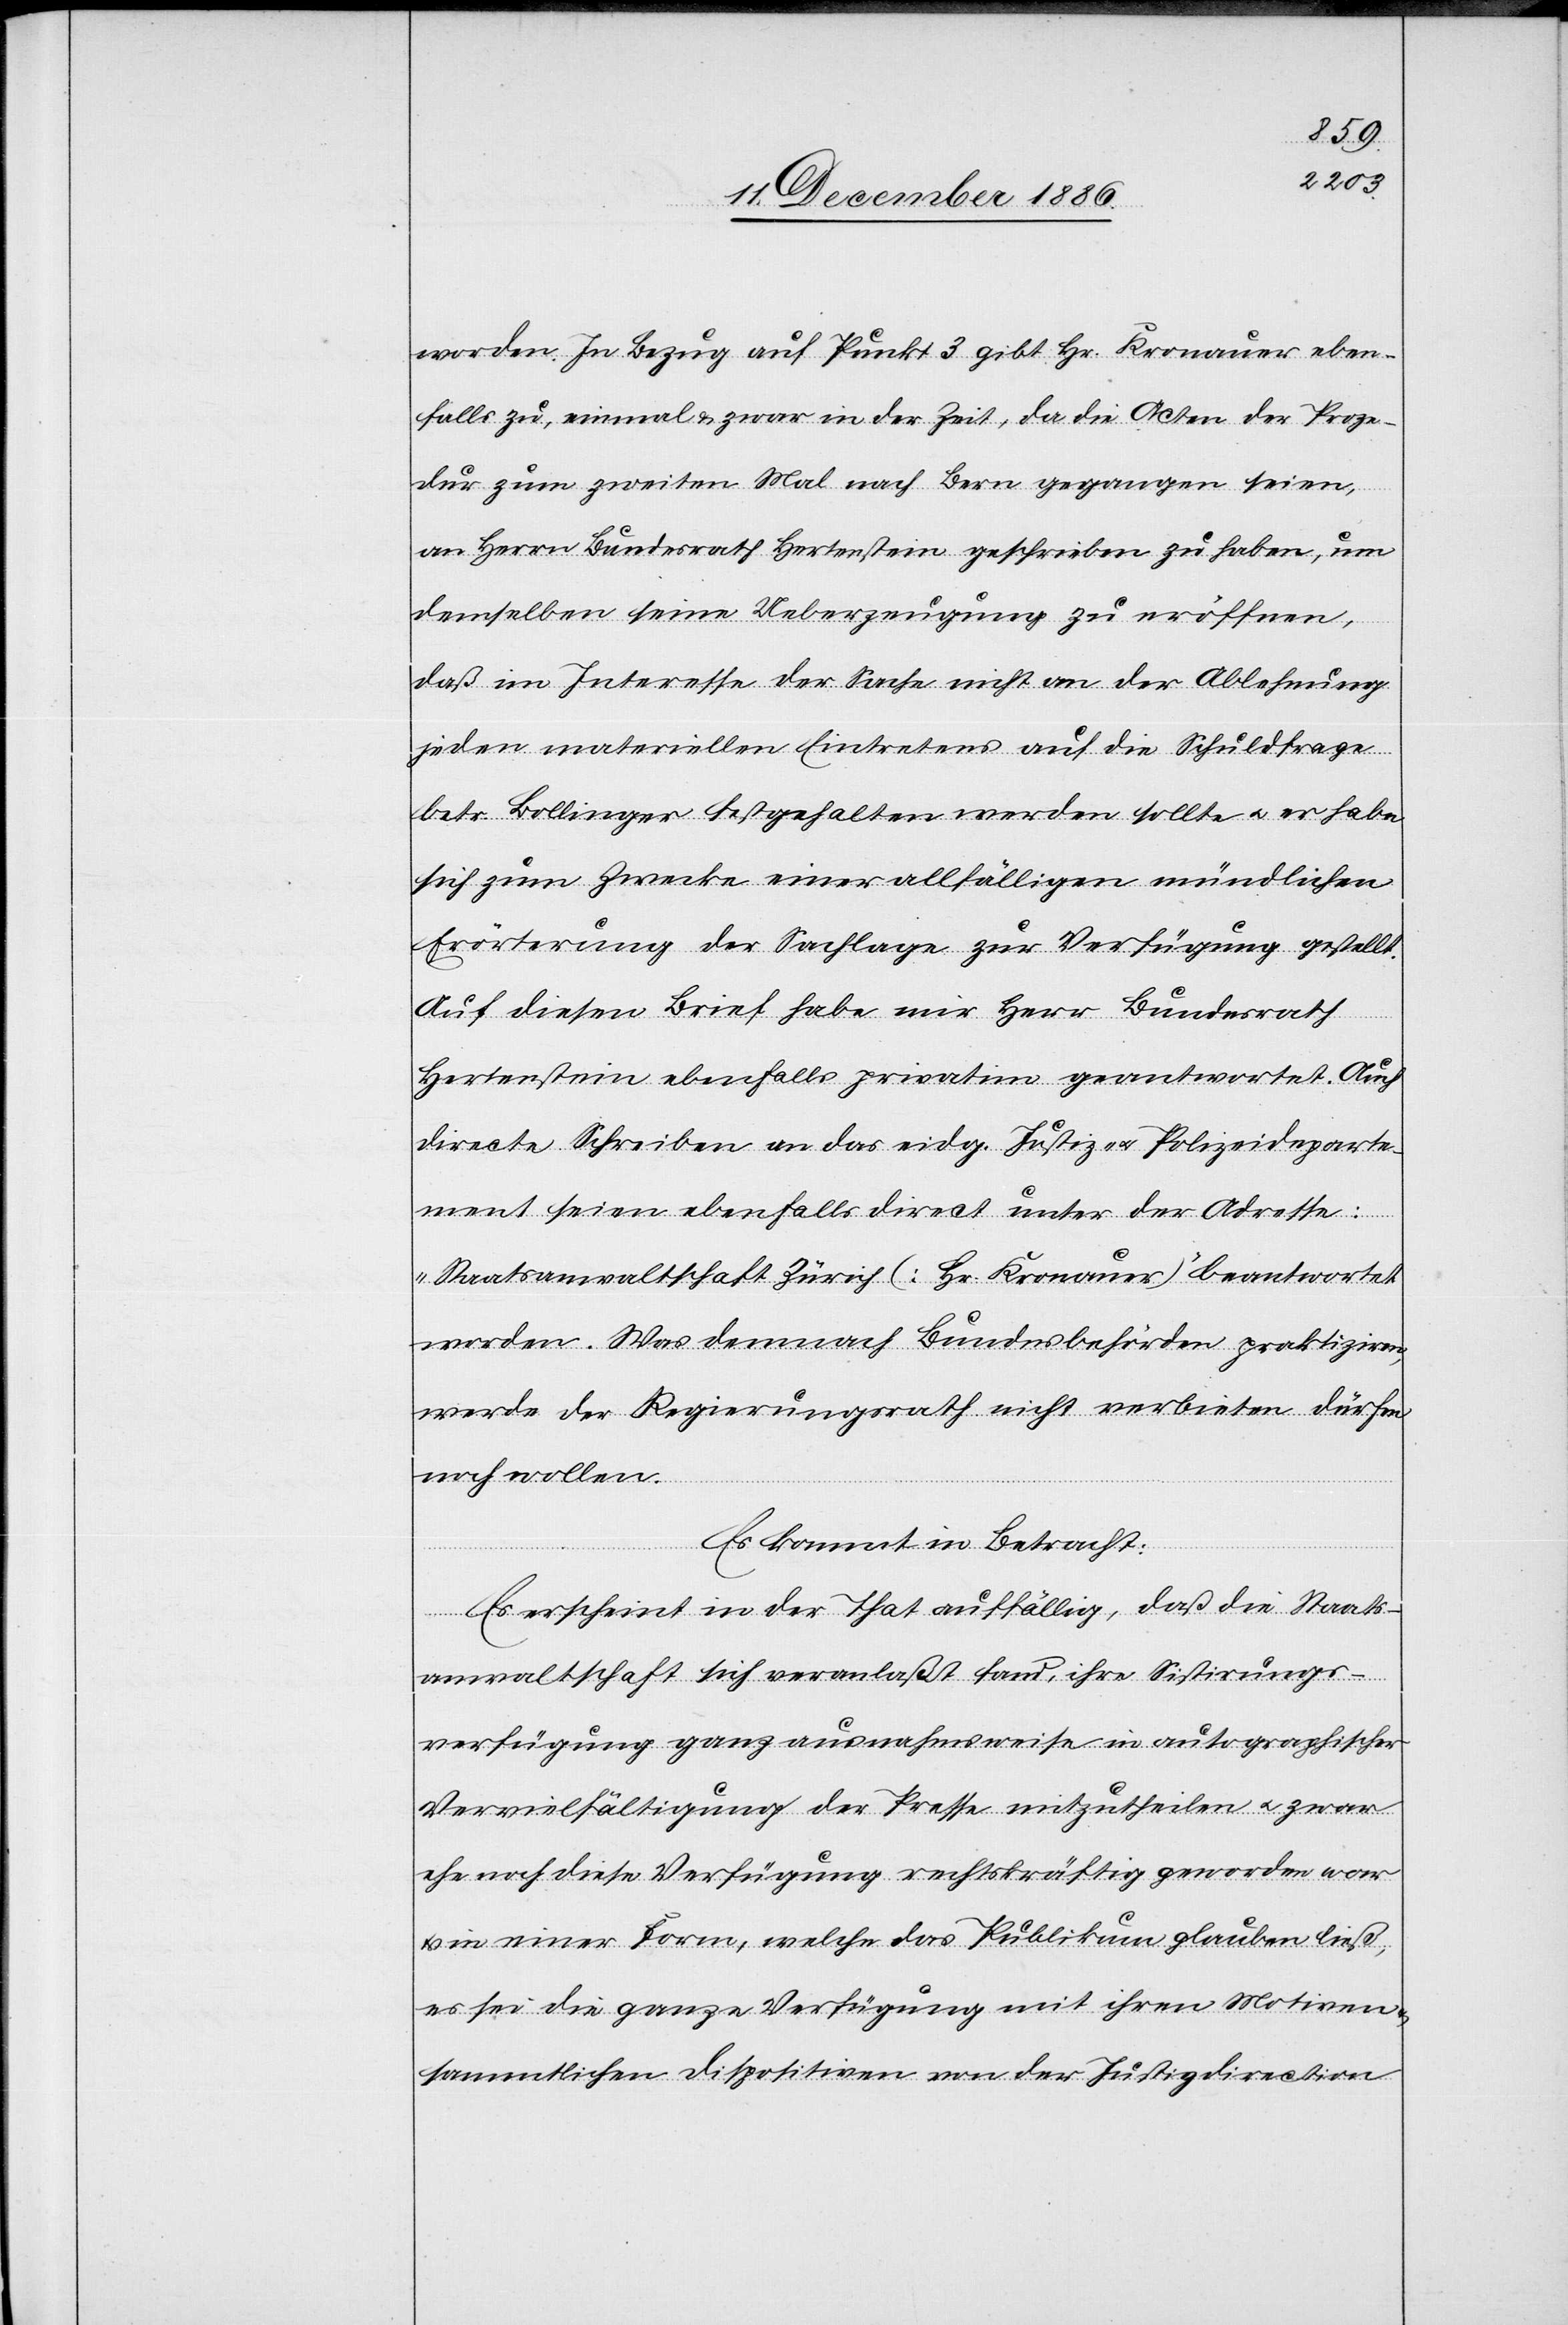
worden. In Bezug auf Punkt 3 gibt Hr. Kronauer eben¬
falls zu, einmal & zwar in der Zeit, da die Acten der Proze¬
dur zum zweiten Mal nach Bern gegangen seien,
an Herrn Bundesrath Hertenstein geschrieben zu haben, um
demselben seine Ueberzeugung zu eröffnen,
daß im Interesse der Sache nicht an der Ablehnung
jeden materiellen Eintretens auf die Schuldfrage
betr. Bollinger festgehalten werden sollte & er habe
sich zum Zwecke einer allfälligen mündlichen
Erörterung der Sachlage zur Verfügung gestellt.
Auf diesen Brief habe mir Herr Bundesrath
Hertenstein ebenfalls privatim geantwortet. Auch
directe Schreiben an das eidg. Justiz- & Polizeideparte¬
ment seien ebenfalls direct unter der Adresse:
„Staatsanwaltschaft Zürich (Hr. Kronauer)“ beantwortet
worden. Was demnach Bundesbehörden praktiziren,
werde der Regierungsrath nicht verbieten dürfen
noch wollen.
Es kommt in Betracht:
Es erscheint in der That auffällig, daß die Staats¬
anwaltschaft sich veranlaßt fand, ihre Sistirungs¬
verfügung ganz ausnahmsweise in autographischer
Vervielfältigung der Presse mitzutheilen & zwar
ehe noch diese Verfügung rechtskräftig geworden war
in einer Form, welche das Publikum glauben ließ,
es sei die ganze Verfügung mit ihren Motiven
sammtlichen [sic!] Dispositiven von der Justizdirection